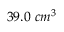
3 9 . 0 ~ c m ^ { 3 }